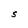
Character: S